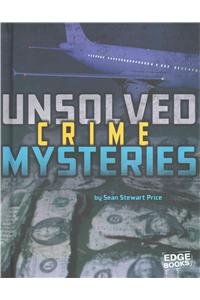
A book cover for Unsolved Crime Mysteries (Unsolved Mystery Files); Sean Stewart Price; Children's Books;